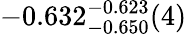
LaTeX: -0.632_{-0.650}^{-0.623}(4)